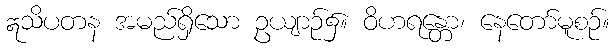
ဣသိပတန အမည်ရှိသော ဥယျာဉ်၌။ ဝိဟရန္တော၊ နေတော်မူစဉ်။